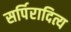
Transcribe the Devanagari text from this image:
सर्पिरादित्य